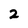
Character: 2